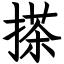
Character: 搽